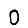
Digit: 0